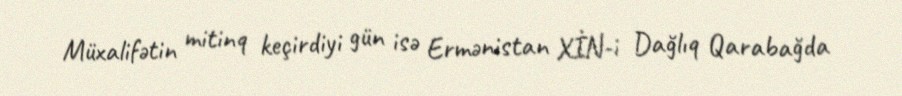
Müxalifətin mitinq keçirdiyi gün isə Ermənistan XİN-i Dağlıq Qarabağda